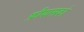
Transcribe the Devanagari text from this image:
फ़ीयासको